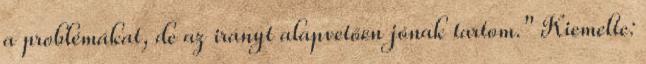
a problémákat, de az irányt alapvetően jónak tartom." Kiemelte: